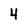
Character: 4